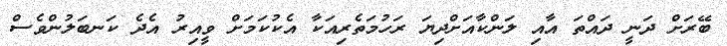
ބޭރަށް ދަނީ ދައްތަ އާއި ލަންކާއަށްދިޔަ ރަހުމަތެރިއަކާ އެކުކަމަށް ވީއިރު އެދެ ކަނބަލުންވެސް